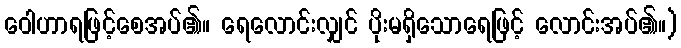
ဝေါဟာရဖြင့်စေအပ်၏။ ရေလောင်းလျှင် ပိုးမရှိသောရေဖြင့် လောင်းအပ်၏။)